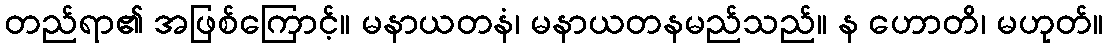
တည်ရာ၏ အဖြစ်ကြောင့်။ မနာယတနံ၊ မနာယတနမည်သည်။ န ဟောတိ၊ မဟုတ်။